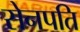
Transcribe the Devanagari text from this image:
सेनपति